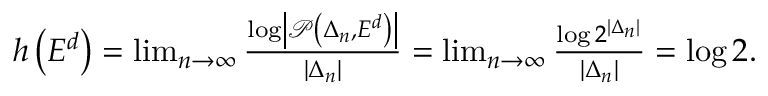
\begin{array} { r } { h \left( E ^ { d } \right) = \operatorname* { l i m } _ { n \to \infty } \frac { \log \left| \mathcal { P } \left( \Delta _ { n } , E ^ { d } \right) \right| } { \left| \Delta _ { n } \right| } = \operatorname* { l i m } _ { n \to \infty } \frac { \log 2 ^ { \left| \Delta _ { n } \right| } } { \left| \Delta _ { n } \right| } = \log 2 . } \end{array}